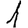
Digit: 1